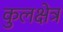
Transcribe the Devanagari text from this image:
कुलक्षेत्र